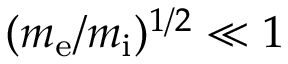
( m _ { \mathrm { e } } / m _ { \mathrm { i } } ) ^ { 1 / 2 } \ll 1